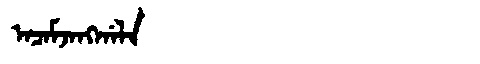
Manchu: ᠠᠴᠠᠮᠵᠠᠩᡤᠠᠯᠠ
Romanization: ACAMJANGGALA